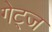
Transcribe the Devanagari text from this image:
गेट्ज